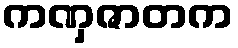
ကဏှဇာတက